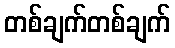
တစ်ချက်တစ်ချက်